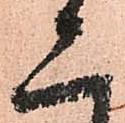
二